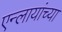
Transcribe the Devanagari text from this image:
एन्लायांच्या